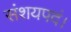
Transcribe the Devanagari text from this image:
संशयपदं।